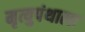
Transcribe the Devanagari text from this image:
मृत्युपंथाला